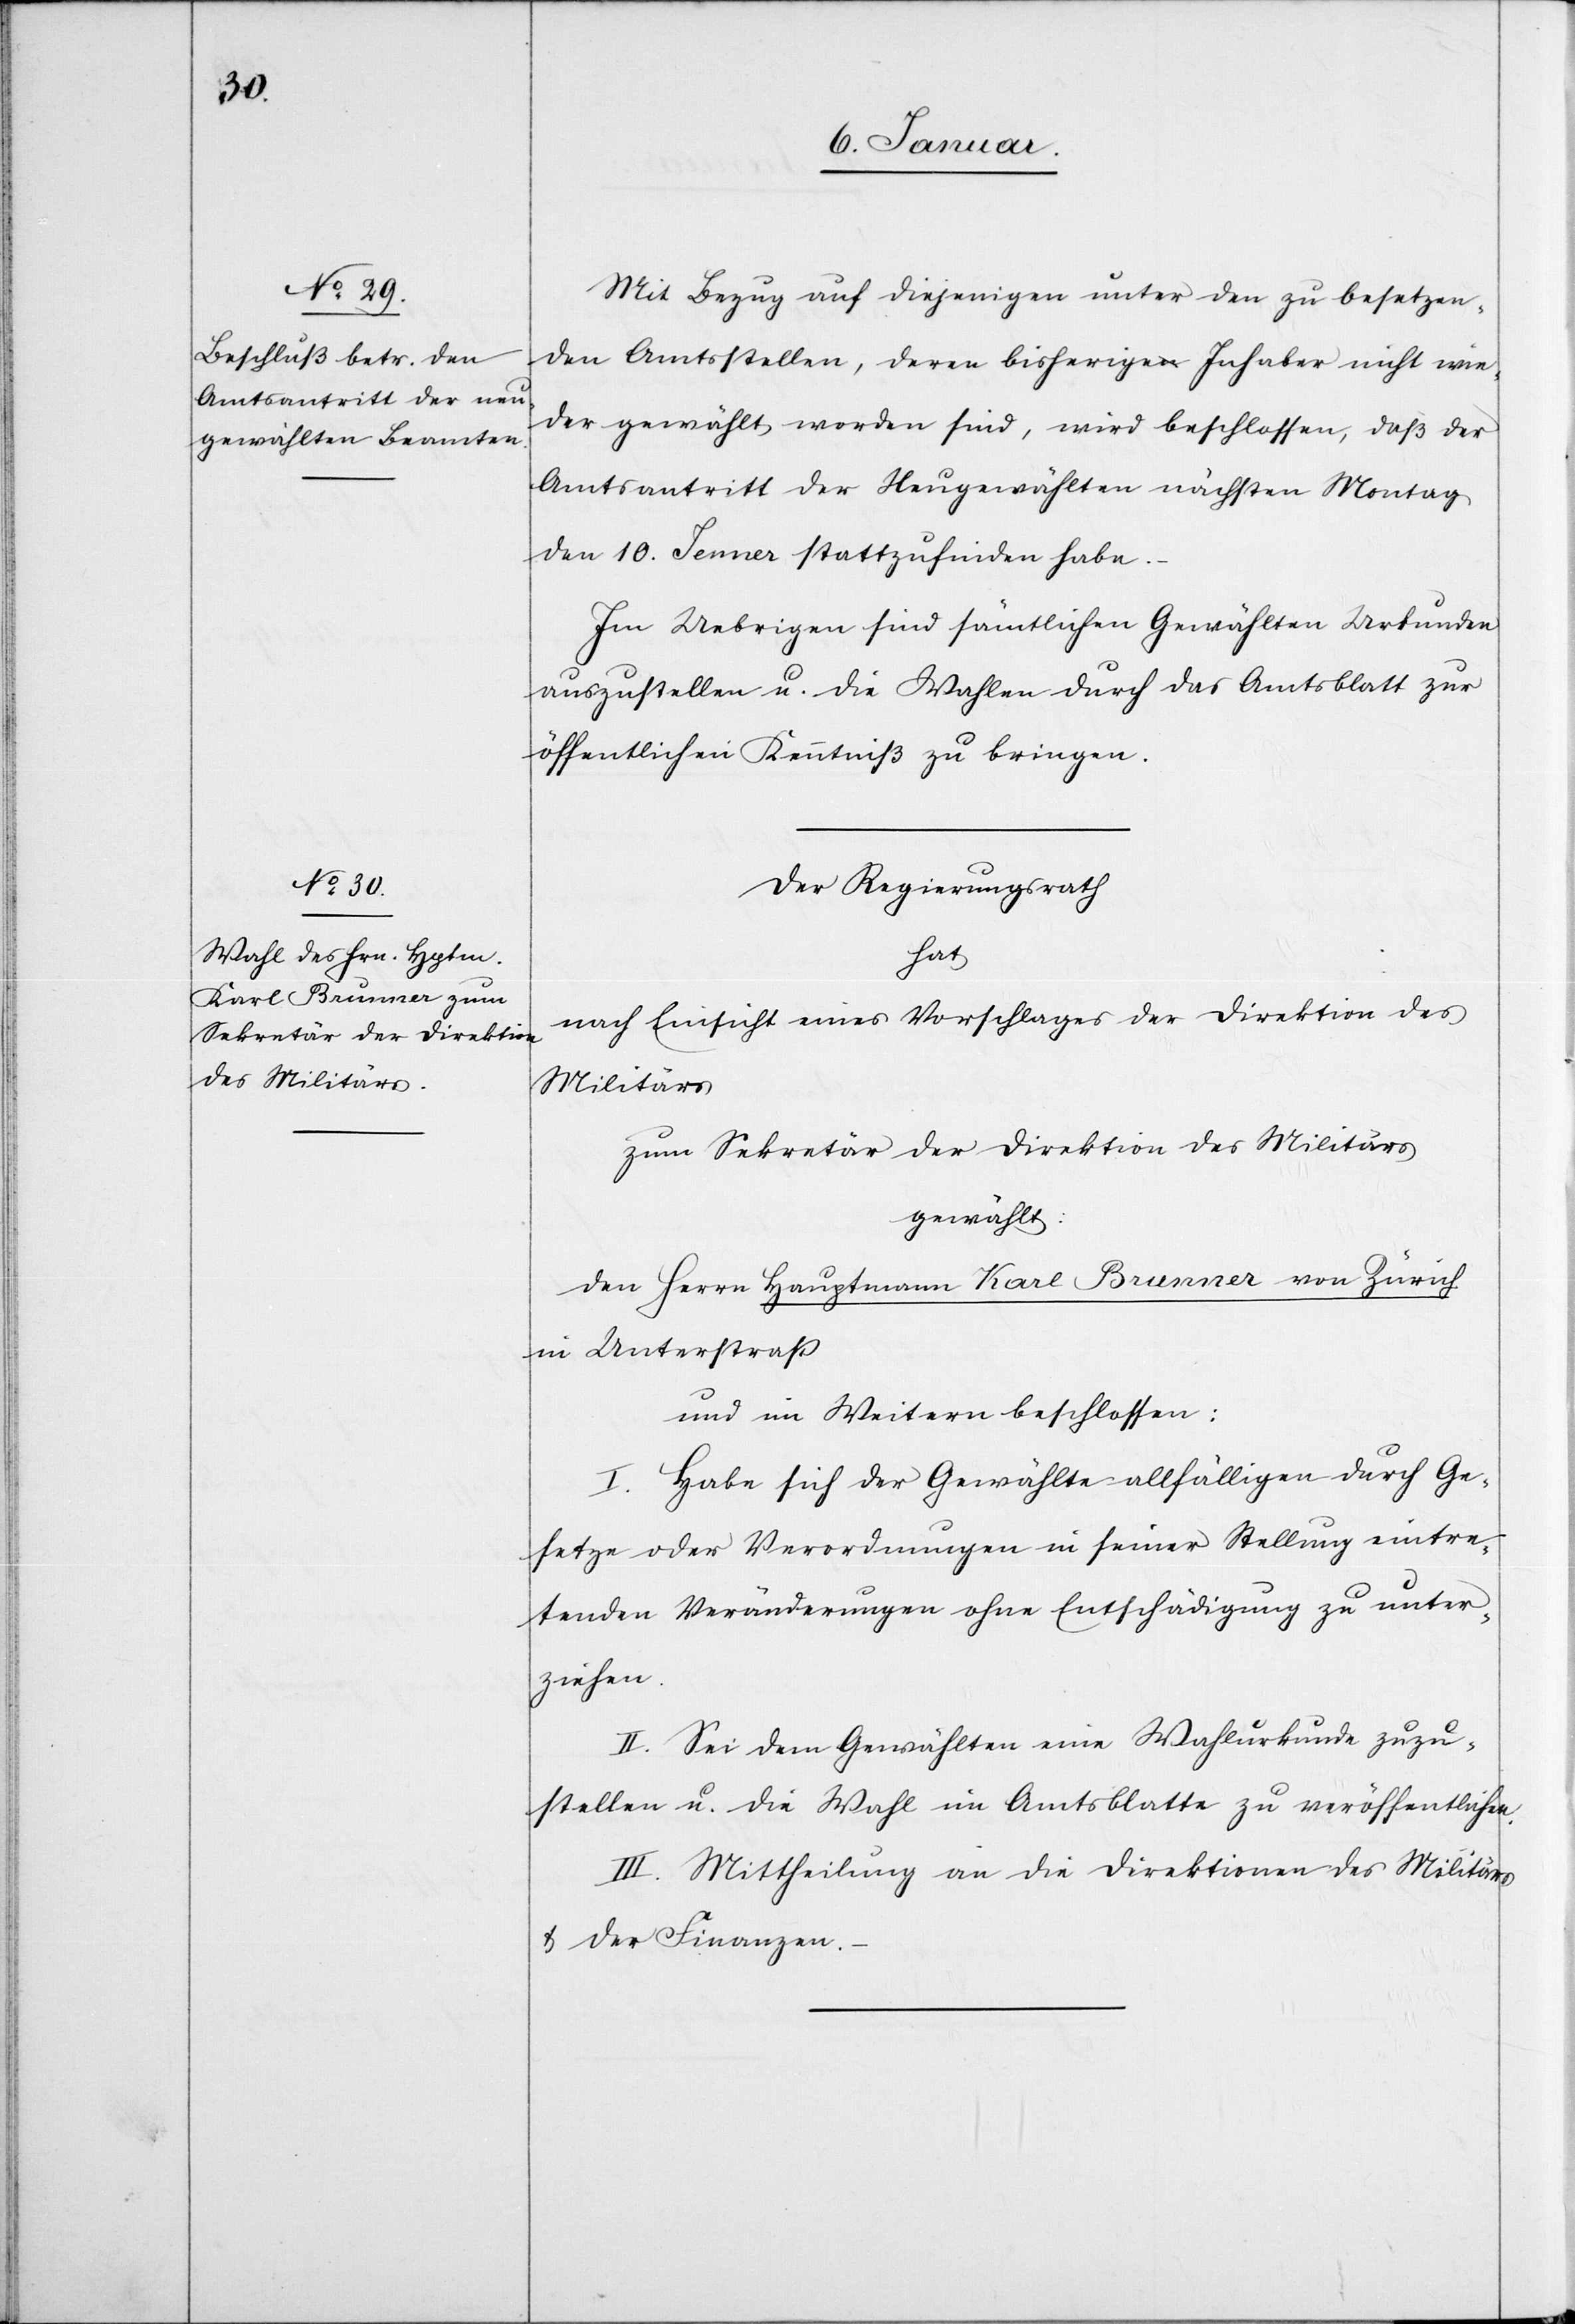
Mit Bezug auf diejenigen unter den zu besetzen¬
den Amtsstellen, deren bisherige Inhaber nicht wie¬
der gewählt worden sind, wird beschlossen, daß der
Amtsantritt der Neugewählten nächsten Montag
den 10. Jenner stattzufinden habe.
Im Uebrigen sind sämtlichen Gewählten Urkunden
auszustellen u. die Wahlen durch das Amtsblatt zur
öffentlichen Kenntniß zu bringen.
Der Regierungsrath
hat
nach Einsicht eines Vorschlages der Direktion des
Militärs
zum Sekretär der Direktion des Militärs
gewählt:
den Herrn Hauptmann Karl Brunner von Zürich
in Unterstraß
und im Weitern beschlossen:
I. Habe sich der Gewählte allfälligen durch Ge¬
setze oder Verordnungen in seiner Stellung eintre¬
tenden Veränderungen ohne Entschädigung zu unter¬
ziehen.
II. Sei dem Gewählten eine Wahlurkunde zuzu¬
stellen u. die Wahl im Amtsblatte zu veröffentlichen.
III. Mittheilung an die Direktionen des Militärs
u. der Finanzen.